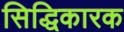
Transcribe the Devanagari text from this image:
सिद्धिकारक